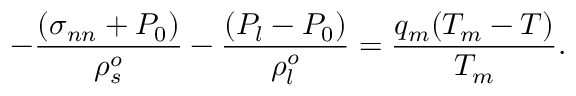
- \frac { ( \sigma _ { n n } + P _ { 0 } ) } { \rho _ { s } ^ { o } } - \frac { ( P _ { l } - P _ { 0 } ) } { \rho _ { l } ^ { o } } = \frac { q _ { m } ( T _ { m } - T ) } { T _ { m } } .